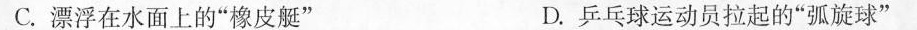
C.漂浮在水面上的”橡皮艇” D.乒乓球运动员拉起的”弧旋球”